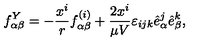
f _ { \alpha \beta } ^ { Y } = - \frac { x ^ { i } } { r } f _ { \alpha \beta } ^ { ( i ) } + \frac { 2 x ^ { i } } { \mu V } \varepsilon _ { i j k } { \hat { e } } _ { \alpha } ^ { j } { \hat { e } } _ { \beta } ^ { k } ,